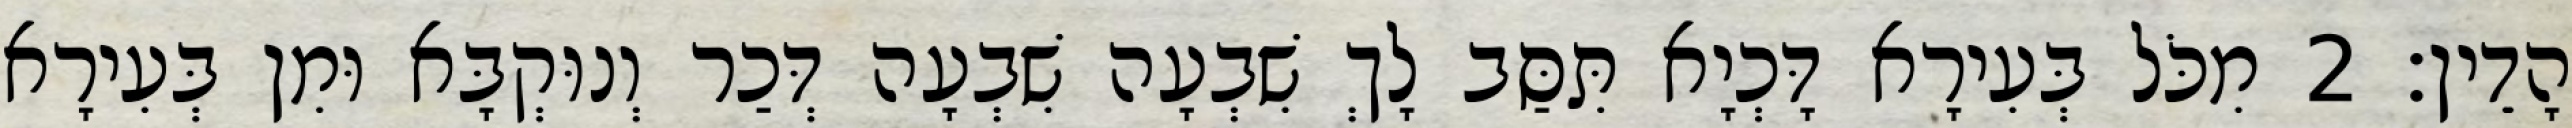
הָדֵין׃ 2 מִכֹּל בְּעִירָא דָּכְיָא תִּסַּב לָךְ שִׁבְעָה שִׁבְעָה דְּכַר וְנוּקְבָּא וּמִן בְּעִירָא